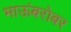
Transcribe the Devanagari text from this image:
भाऊंबरोबर